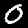
Digit: 0